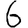
Digit: 6